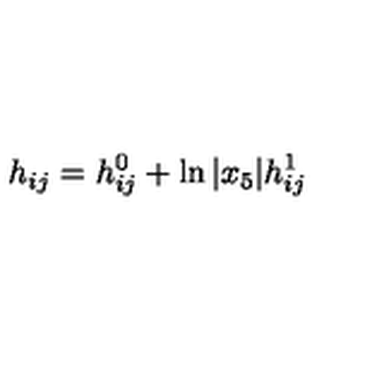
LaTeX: h _ { i j } = h _ { i j } ^ { 0 } + \ln \vert x _ { 5 } \vert h _ { i j } ^ { 1 }